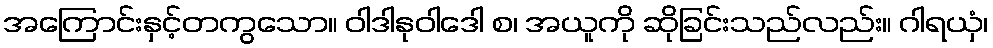
အကြောင်းနှင့်တကွသော။ ဝါဒါနုဝါဒေါ စ၊ အယူကို ဆိုခြင်းသည်လည်း။ ဂါရယှံ၊